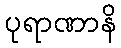
ပုရာဏာနိ